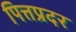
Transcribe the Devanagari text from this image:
पित्तप्रदर